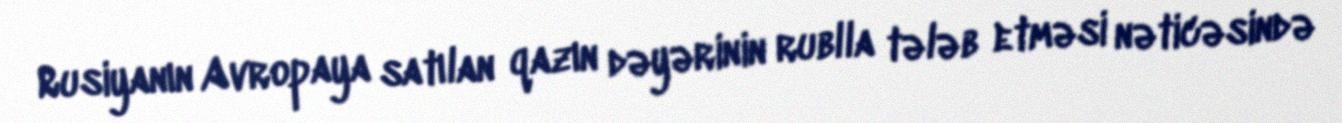
Rusiyanın Avropaya satılan qazın dəyərinin rublla tələb etməsi nəticəsində